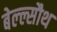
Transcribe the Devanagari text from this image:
बेल्ल्सौथ